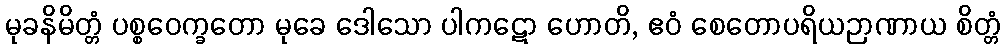
မုခနိမိတ္တံ ပစ္စဝေက္ခတော မုခေ ဒေါသော ပါကဋော ဟောတိ, ဧဝံ စေတောပရိယဉာဏာယ စိတ္တံ